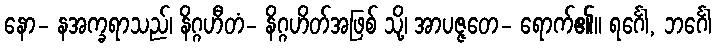
နော- နအက္ခရာသည်၊ နိဂ္ဂဟီတံ- နိဂ္ဂဟိတ်အဖြစ် သို့၊ အာပဇ္ဇတေ- ရောက်၏။ ရင်္ဂေါ, ဘင်္ဂေါ